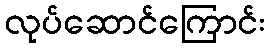
လုပ်ဆောင်ကြောင်း